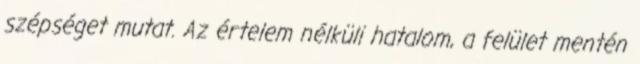
szépséget mutat. Az értelem nélküli hatalom, a felület mentén